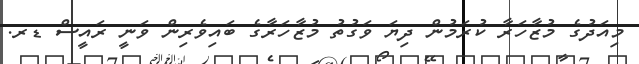
މިއަދުގެ މުޒާހަރާ ކުރަމުން ދިޔަ ވަގުތު މުޒާހަރާގެ ބައިވެރިން ވަނީ ރައީސް ޑރ.